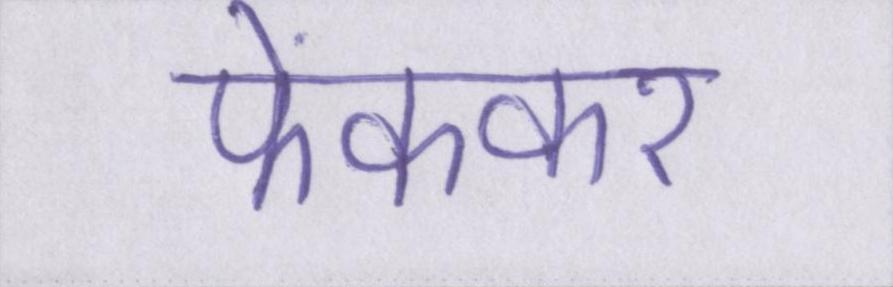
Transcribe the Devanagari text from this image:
फेंककर